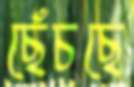
ছেঁচছে